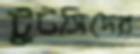
টুটসিদের